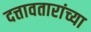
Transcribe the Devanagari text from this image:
दत्तावतारांच्या